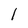
Character: 1